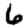
Digit: 6